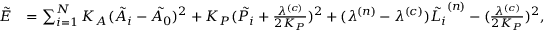
\begin{array} { r l } { \tilde { E } } & { = \sum _ { i = 1 } ^ { N } K _ { A } ( \tilde { A _ { i } } - \tilde { A _ { 0 } } ) ^ { 2 } + K _ { P } ( \tilde { P _ { i } } + \frac { \lambda ^ { ( c ) } } { 2 K _ { P } } ) ^ { 2 } + ( \lambda ^ { ( n ) } - \lambda ^ { ( c ) } ) \tilde { L _ { i } } ^ { ( n ) } - ( \frac { \lambda ^ { ( c ) } } { 2 K _ { P } } ) ^ { 2 } , } \end{array}